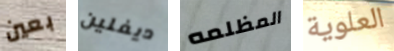
بعين ديفلين المظلمه العلوية